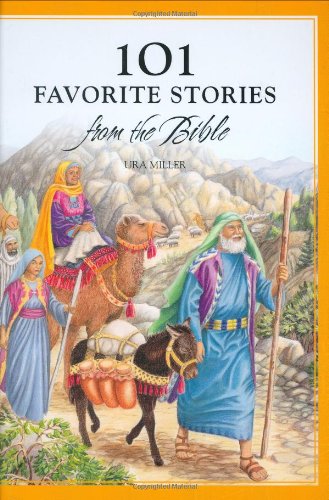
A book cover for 101 Favorite Stories from the Bible; Ura Miller; Christian Books & Bibles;